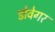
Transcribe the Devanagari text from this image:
डोवेगर